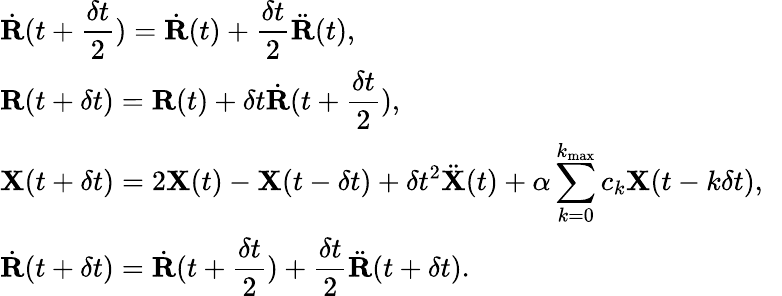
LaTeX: \begin{array}{l}{{\displaystyle{{\dot{\mathbf R}}}(t+\frac{\delta t}{2})={{\dot{\mathbf R}}}(t)+\frac{\delta t}{2}{{\ddot{\mathbf R}}}(t)},\ ~}\\ {{\displaystyle{{\mathbf R}}(t+\delta t)={{\mathbf R}}(t)+\delta t{{\dot{\mathbf R}}}(t+\frac{\delta t}{2})},\ ~}\\ {{\displaystyle{\mathbf X}(t+\delta t)=2{\mathbf X}(t)-{\mathbf X}(t-\delta t)+\delta t^{2}{\ddot{\mathbf X}}(t)+\alpha\sum_{k=0}^{k_{\mathrm{max}}}c_{k}{\mathbf X}(t-k\delta t)},\ ~}\\ {{\displaystyle{{\dot{\mathbf R}}}(t+\delta t)={{\dot{\mathbf R}}}(t+\frac{\delta t}{2})+\frac{\delta t}{2}{{\ddot{\mathbf R}}}(t+\delta t)}.}\end{array}